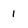
Character: 1